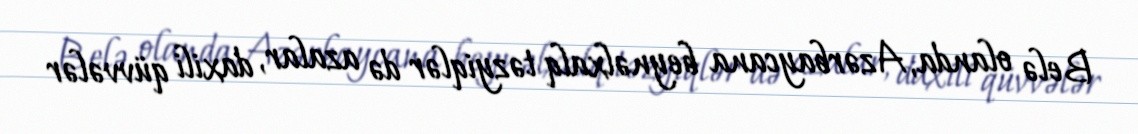
Belə olanda, Azərbaycana beynəlxalq təzyiqlər də azalar, daxili qüvvələr